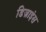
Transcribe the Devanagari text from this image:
डिज़ाइंस